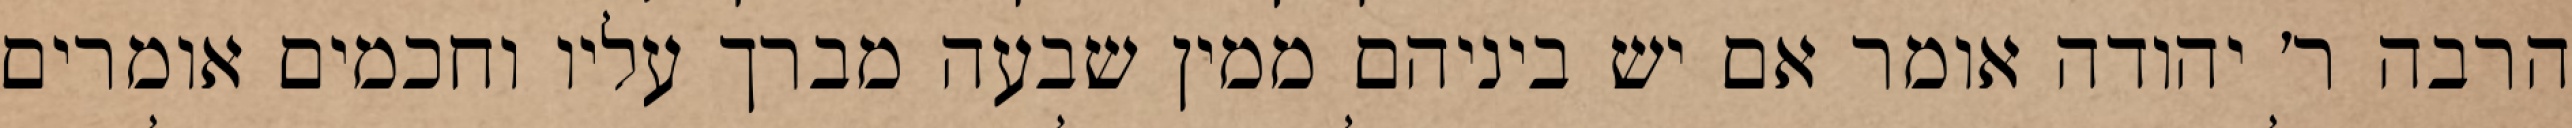
הרבה ר׳ יהודה אומר אם יש ביניהם ממין שבעה מברך עליו וחכמים אומרים